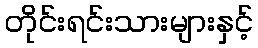
တိုင်းရင်းသားများနှင့်